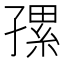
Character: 𰌯